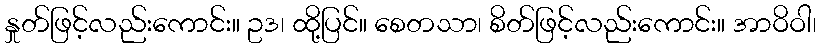
နှုတ်ဖြင့်လည်းကောင်း။ ဥဒ၊ ထို့ပြင်။ စေတသာ၊ စိတ်ဖြင့်လည်းကောင်း။ အာဝိဝါ၊